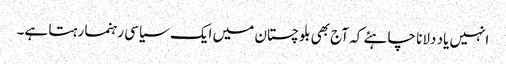
انہیں یاد دلانا چاہئے کہ آج بھی بلوچستان میں ایک سیاسی رہنما رہتا ہے۔